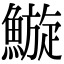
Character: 䲂